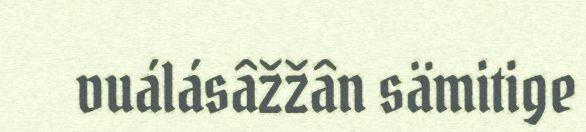
vuálásâžžân sämitige